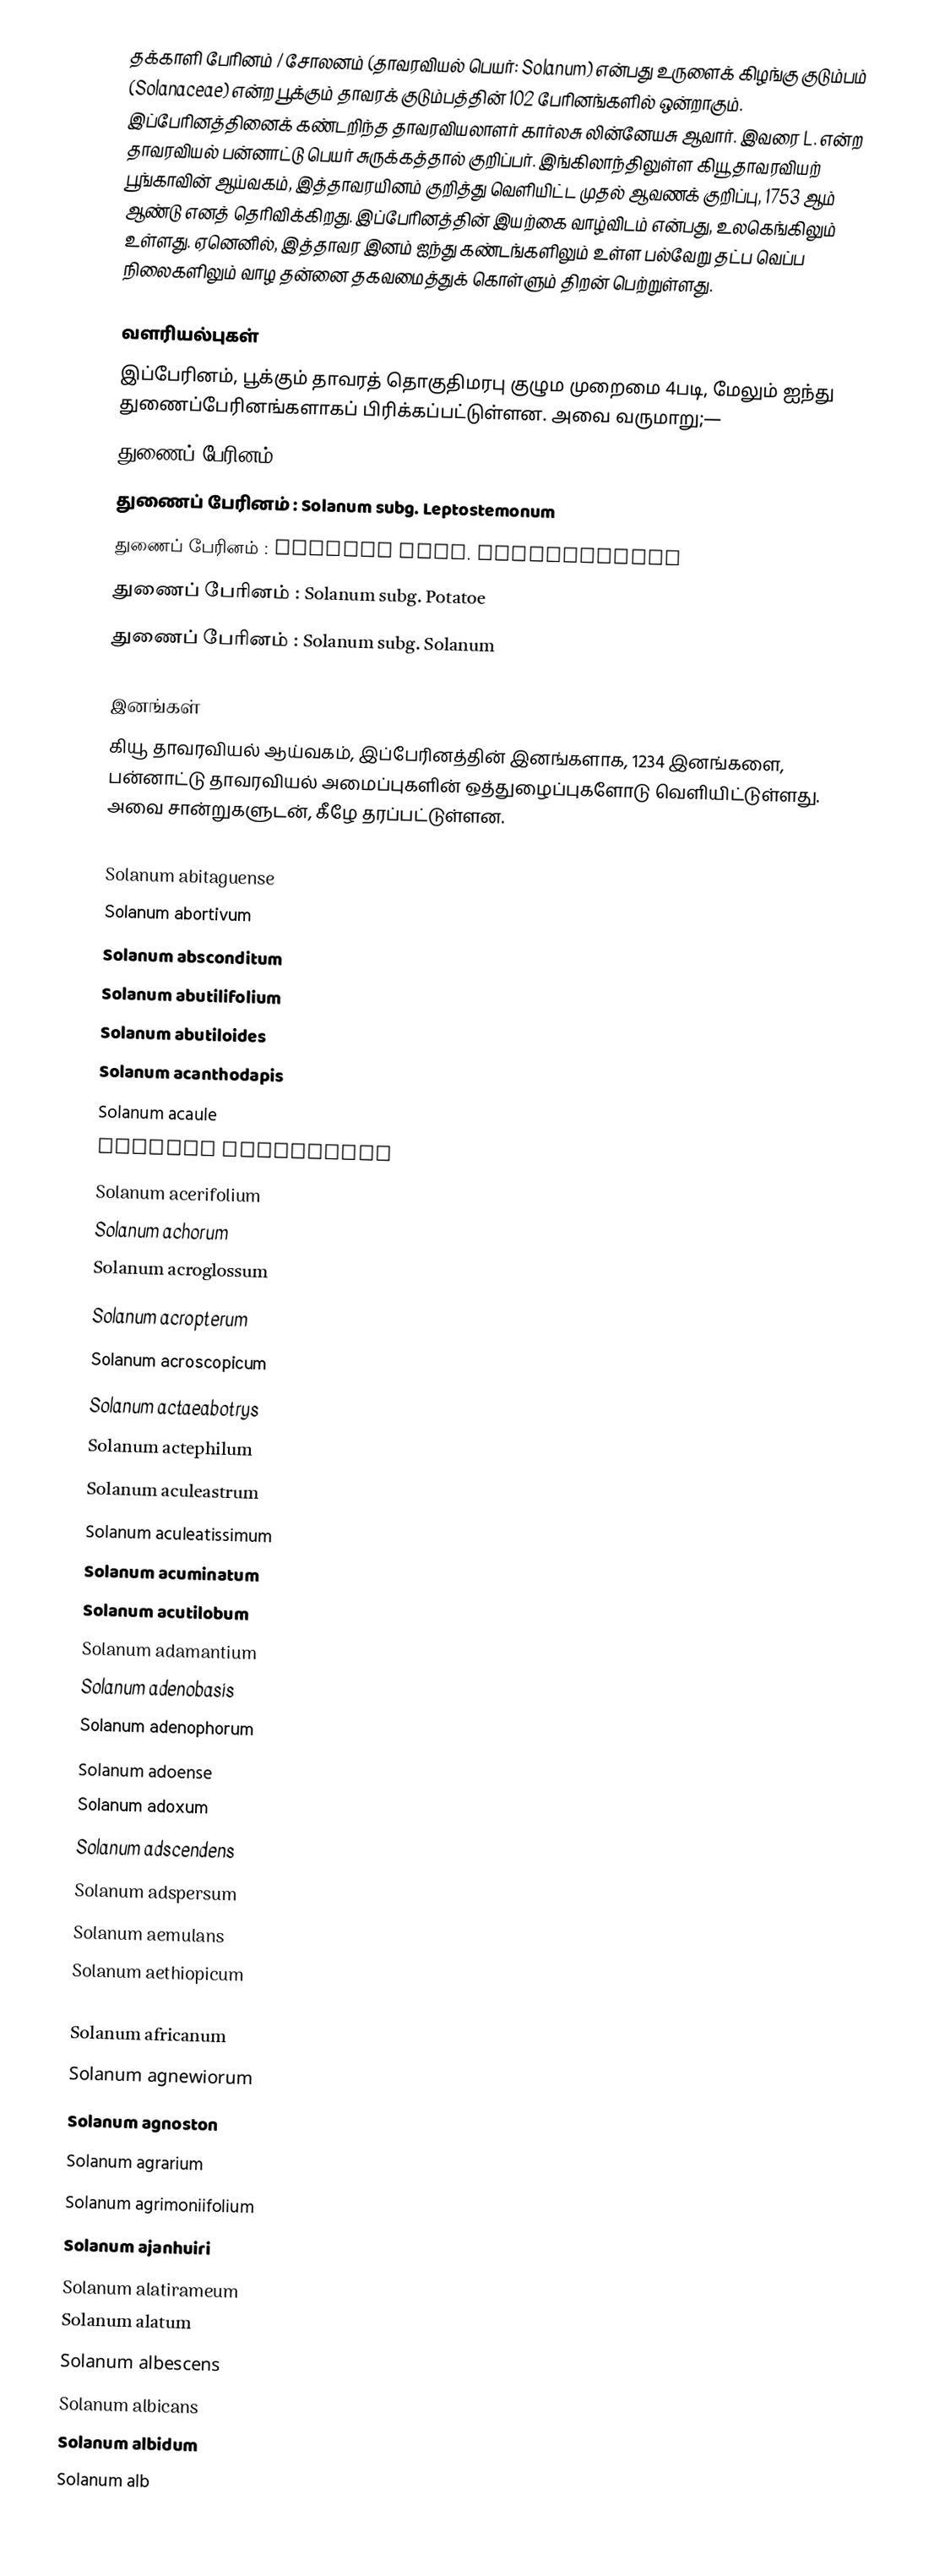
தக்காளி பேரினம் / சோலனம் (தாவரவியல் பெயர்: Solanum) என்பது உருளைக் கிழங்கு குடும்பம் (Solanaceae) என்ற பூக்கும் தாவரக் குடும்பத்தின் 102 பேரினங்களில் ஒன்றாகும். இப்பேரினத்தினைக் கண்டறிந்த தாவரவியலாளர் கார்லசு லின்னேயசு ஆவார். இவரை L. என்ற தாவரவியல் பன்னாட்டு பெயர் சுருக்கத்தால் குறிப்பர். இங்கிலாந்திலுள்ள கியூ தாவரவியற் பூங்காவின் ஆய்வகம், இத்தாவரயினம் குறித்து வெளியிட்ட முதல் ஆவணக் குறிப்பு, 1753  ஆம் ஆண்டு எனத் தெரிவிக்கிறது.  இப்பேரினத்தின் இயற்கை வாழ்விடம் என்பது,  உலகெங்கிலும் உள்ளது. ஏனெனில், இத்தாவர இனம் ஐந்து கண்டங்களிலும் உள்ள பல்வேறு தட்ப வெப்ப நிலைகளிலும் வாழ தன்னை தகவமைத்துக் கொள்ளும் திறன் பெற்றுள்ளது.

வளரியல்புகள்
இப்பேரினம், பூக்கும் தாவரத் தொகுதிமரபு குழும முறைமை 4படி,  மேலும் ஐந்து துணைப்பேரினங்களாகப் பிரிக்கப்பட்டுள்ளன. அவை வருமாறு;—
 துணைப் பேரினம் : Solanum subg. Brevantherum
 துணைப் பேரினம் : Solanum subg. Leptostemonum
 துணைப் பேரினம் : Solanum subg. Lyciosolanum
 துணைப் பேரினம் : Solanum subg. Potatoe
 துணைப் பேரினம் : Solanum subg. Solanum

இனங்கள்
கியூ தாவரவியல் ஆய்வகம், இப்பேரினத்தின் இனங்களாக, 1234 இனங்களை, பன்னாட்டு தாவரவியல் அமைப்புகளின் ஒத்துழைப்புகளோடு வெளியிட்டுள்ளது. அவை சான்றுகளுடன், கீழே தரப்பட்டுள்ளன.

 Solanum abitaguense
 Solanum abortivum
 Solanum absconditum
 Solanum abutilifolium
 Solanum abutiloides
 Solanum acanthodapis
 Solanum acaule
 Solanum accrescens
 Solanum acerifolium
 Solanum achorum
 Solanum acroglossum
 Solanum acropterum
 Solanum acroscopicum
 Solanum actaeabotrys
 Solanum actephilum
 Solanum aculeastrum
 Solanum aculeatissimum
 Solanum acuminatum
 Solanum acutilobum
 Solanum adamantium
 Solanum adenobasis
 Solanum adenophorum
 Solanum adoense
 Solanum adoxum
 Solanum adscendens
 Solanum adspersum
 Solanum aemulans
 Solanum aethiopicum
 Solanum affine
 Solanum africanum
 Solanum agnewiorum
 Solanum agnoston
 Solanum agrarium
 Solanum agrimoniifolium
 Solanum ajanhuiri
 Solanum alatirameum
 Solanum alatum
 Solanum albescens
 Solanum albicans
 Solanum albidum
 Solanum alb